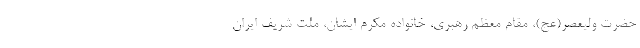
حضرت ولیعصر(عج)، مقام معظم رهبری، خانواده مکرم ایشان، ملت شریف ایران